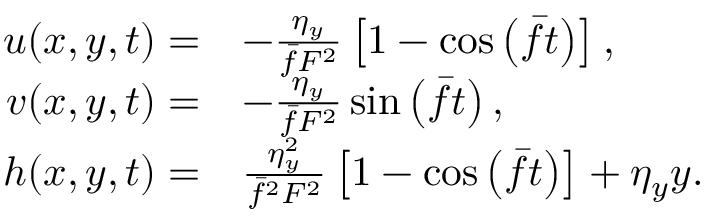
\begin{array} { r l } { u ( x , y , t ) = } & { - \frac { \eta _ { y } } { \bar { f } F ^ { 2 } } \left[ 1 - \cos \left( \bar { f } t \right) \right] , } \\ { v ( x , y , t ) = } & { - \frac { \eta _ { y } } { \bar { f } F ^ { 2 } } \sin \left( \bar { f } t \right) , } \\ { h ( x , y , t ) = } & { \frac { \eta _ { y } ^ { 2 } } { \bar { f } ^ { 2 } F ^ { 2 } } \left[ 1 - \cos \left( \bar { f } t \right) \right] + \eta _ { y } y . } \end{array}